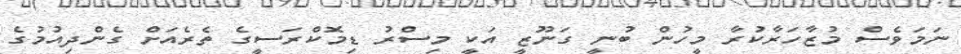
ނަމަވެސް މުޒާހަރާކުރާ މީހުން ބުނީ ގަނޫޒީ އަކީ މިސްރު ޑިމޮކްރަސީގެ ތެރެއަށް ގެންދިއުމުގެ